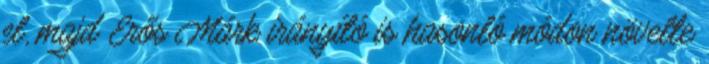
el, majd Erős Márk irányító is hasonló módon növelte